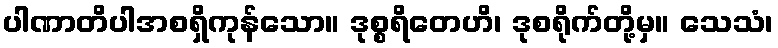
ပါဏာတိပါအစရှိကုန်သော။ ဒုစ္စရိတေဟိ၊ ဒုစရိုက်တို့မှ။ သေသံ၊